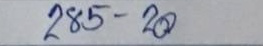
285 - 20